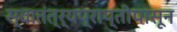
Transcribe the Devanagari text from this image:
स्वातंत्र्यप्राप्तीपासून